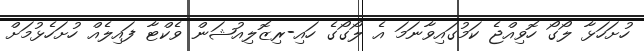
ހުށަހަޅާ ލޯގޯ ހޮވިއްޖެ ކަމުގައިވާނަމަ އެ ލޯގޯގެ ހައި-ރިޒޮލިއުޝަން ވެކްޓާ ފައިލެއް ހުށަހެޅުމަށް